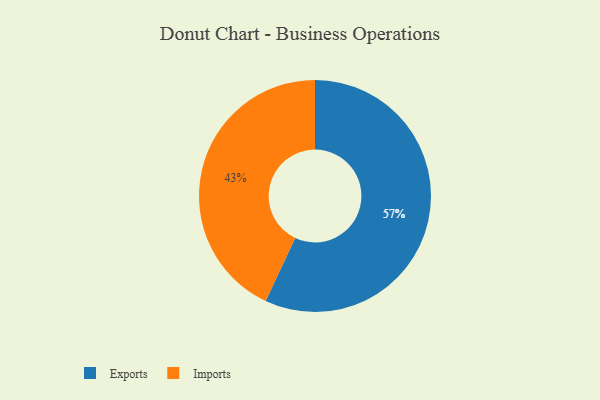
{"axis": {"x": "Category", "y": "Percentage"}, "legend": ["Exports", "Imports"], "data": [{"x": "Exports", "y": 57, "type": "Exports"}, {"x": "Imports", "y": 43, "type": "Imports"}]}